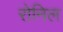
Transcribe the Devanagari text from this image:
रोनिल